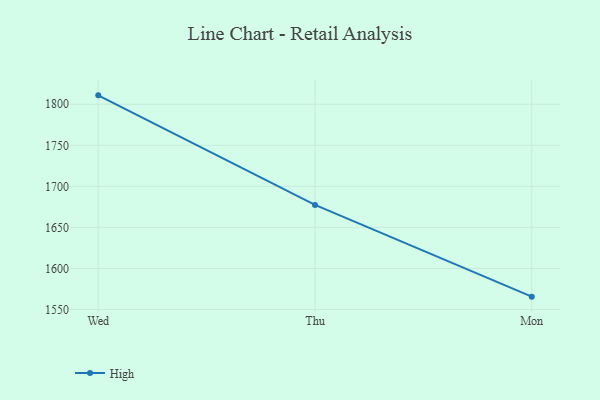
{"axis": {"x": "Day", "y": "Population (Million)"}, "legend": ["High"], "data": [{"x": "Wed", "y": 1810.9, "type": "High"}, {"x": "Thu", "y": 1677.4, "type": "High"}, {"x": "Mon", "y": 1565.6, "type": "High"}]}